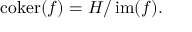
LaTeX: \operatorname { c o k e r } ( f ) = H / \operatorname { i m } ( f ) .